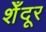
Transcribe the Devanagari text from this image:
शेँदूर